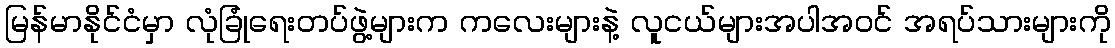
မြန်မာနိုင်ငံမှာ လုံခြုံရေးတပ်ဖွဲ့များက ကလေးများနဲ့ လူငယ်များအပါအဝင် အရပ်သားများကို